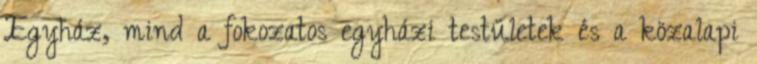
Egyház, mind a fokozatos egyházi testületek és a közalapi